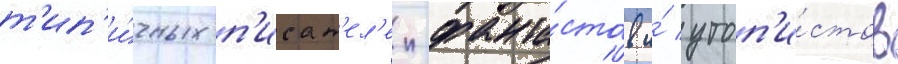
т'ип'и́чных п'исат'ел'еи-фанта́стов и́ утоп'и́стов